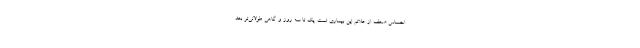
احساس ضعف از علائم این بیماری است. یک تا سه روز و گاهی طولانی‌تر بعد